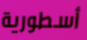
أسطورية